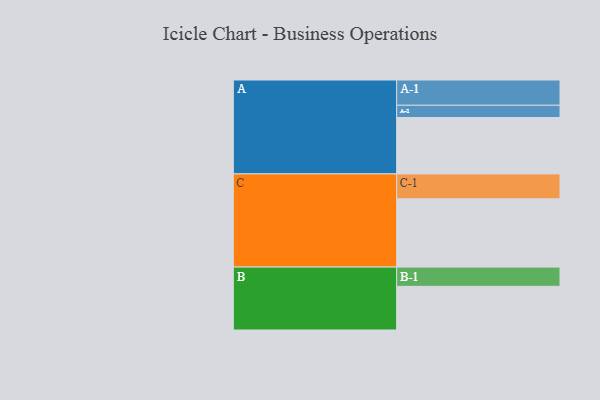
{"axis": {"x": "Segment", "y": "Value"}, "legend": ["", "A", "B", "C"], "data": [{"x": "A", "y": 460, "type": ""}, {"x": "B", "y": 356, "type": ""}, {"x": "C", "y": 557, "type": ""}, {"x": "A-1", "y": 206, "type": "A"}, {"x": "A-2", "y": 100, "type": "A"}, {"x": "B-1", "y": 157, "type": "B"}, {"x": "C-1", "y": 203, "type": "C"}]}